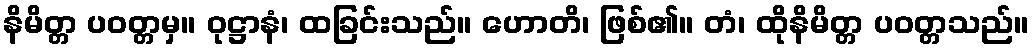
နိမိတ္တ ပဝတ္တမှ။ ဝုဋ္ဌာနံ၊ ထခြင်းသည်။ ဟောတိ၊ ဖြစ်၏။ တံ၊ ထိုနိမိတ္တ ပဝတ္တသည်။